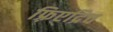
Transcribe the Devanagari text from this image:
फ़्रिएद्रिच